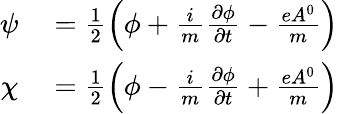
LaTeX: \begin{array}{rl}{\psi}&{{}=\frac{1}{2}\Big(\phi+\frac{i}{m}\frac{\partial\phi}{\partial t}-\frac{eA^{0}}{m}\Big)}\\ {\chi}&{{}=\frac{1}{2}\Big(\phi-\frac{i}{m}\frac{\partial\phi}{\partial t}+\frac{eA^{0}}{m}\Big)}\end{array}